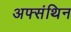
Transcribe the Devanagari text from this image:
अफ्संथिन